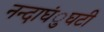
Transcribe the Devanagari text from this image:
नन्दाघंुघटी